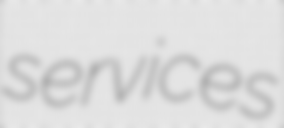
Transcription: services